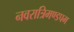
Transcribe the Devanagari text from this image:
नवरात्रिमण्डपम